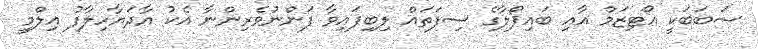
ސަބަބަކީ އޯޓިޒަމް އާއި ބައިޕޯލާގެ ސިފަތައް ލިބިފައިވާ ފަންނުވެރިންނާ އެކު އާދަޔާހިލާފު އިލްމީ